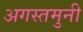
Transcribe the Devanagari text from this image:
अगस्‍तमुनी